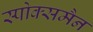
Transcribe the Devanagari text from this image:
स्पोक्समैन